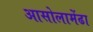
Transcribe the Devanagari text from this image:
आसोलामेंढा